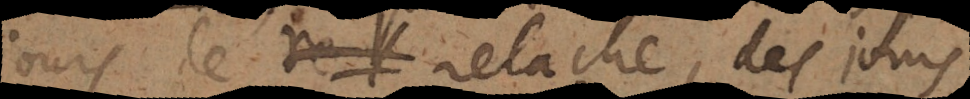
jours de relache, des jours